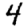
Digit: 4